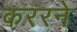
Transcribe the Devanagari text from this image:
कररने